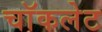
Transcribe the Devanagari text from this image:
चाॅकलेट